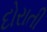
દોરાતી